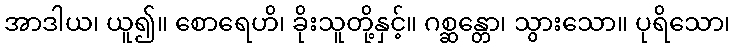
အာဒါယ၊ ယူ၍။ စောရေဟိ၊ ခိုးသူတို့နှင့်။ ဂစ္ဆန္တော၊ သွားသော။ ပုရိသော၊